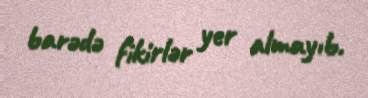
barədə fikirlər yer almayıb.